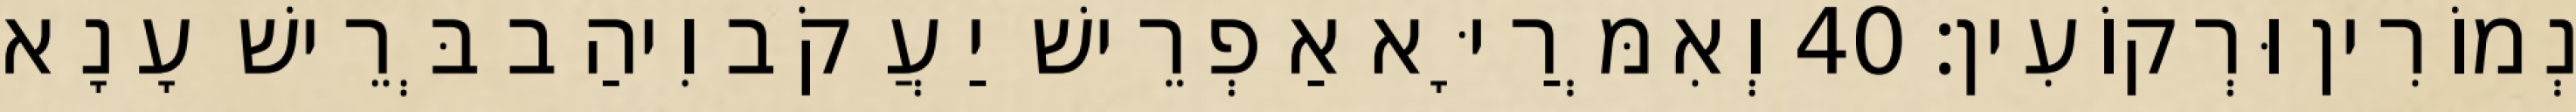
נְמוֹרִין וּרְקוֹעִין׃ 40 וְאִמְּרַיָּא אַפְרֵישׁ יַעֲקֹב וִיהַב בְּרֵישׁ עָנָא